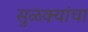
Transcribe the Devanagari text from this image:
सुळक्यांचा